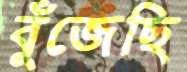
বুঁজেছি